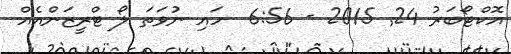
އޮކްޓޯބަރު 24